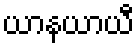
ယာနယာယီ